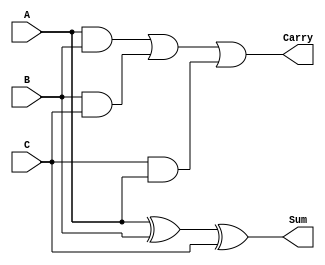
module CarrySaveAdder (
    input [3:0] A,
    input [3:0] B,
    input [3:0] C,
    output [3:0] Sum,
    output [3:0] Carry
);

    // Intermediate sums and carries
    wire [3:0] sum1, carry1;
    wire [3:0] sum2, carry2;

    // Full adder for the first stage
    assign sum1 = A ^ B ^ C; // Sum = A XOR B XOR C
    assign carry1 = (A & B) | (B & C) | (C & A); // Carry = (A AND B) OR (B AND C) OR (C AND A)

    // Second stage (if needed, for example, adding more numbers)
    // For simplicity, we will assume we are only adding three numbers in this example.
    // You can add more stages if you have more inputs.

    // Final output (in this case, we just return the first stage outputs)
    assign Sum = sum1;
    assign Carry = carry1;

endmodule